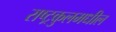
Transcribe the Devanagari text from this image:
राष्ट्रकुलमधील